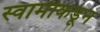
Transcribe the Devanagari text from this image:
स्वामीकडून